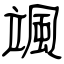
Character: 颯